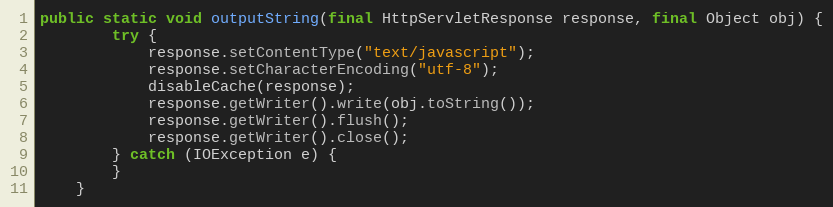
Language: Java
public static void outputString(final HttpServletResponse response, final Object obj) {
        try {
            response.setContentType("text/javascript");
            response.setCharacterEncoding("utf-8");
            disableCache(response);
            response.getWriter().write(obj.toString());
            response.getWriter().flush();
            response.getWriter().close();
        } catch (IOException e) {
        }
    }